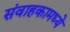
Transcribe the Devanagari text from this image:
संवाहकामध्ये